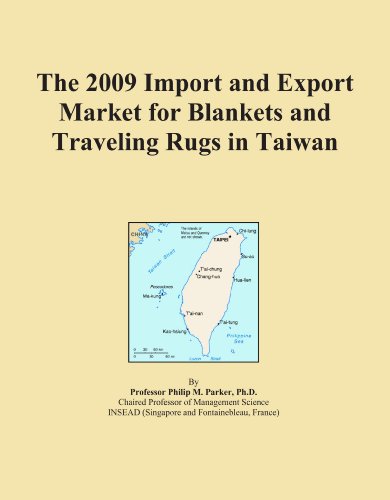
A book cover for The 2009 Import and Export Market for Blankets and Traveling Rugs in Taiwan; Icon Group International; Travel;